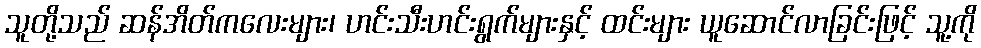
သူတို့သည် ဆန်အိတ်ကလေးများ၊ ဟင်းသီးဟင်းရွက်များနှင့် ထင်းများ ယူဆောင်လာခြင်းဖြင့် သူ့ကို